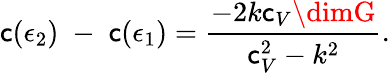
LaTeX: \mathsf{c}(\epsilon_{2})\; -\; \mathsf{c}(\epsilon_{1})={\frac{{-2k\mathsf{c}_{V}\dimG}}{{\mathsf{c}_{V}^{2}-k^{2}}}}.